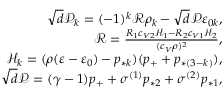
\begin{array} { r } { \sqrt { d } \mathcal { P } _ { k } = ( - 1 ) ^ { k } \mathcal { R } \rho _ { k } - \sqrt { d } \mathcal { P } \varepsilon _ { 0 k } , } \\ { \mathcal { R } = \frac { R _ { 1 } c _ { V 2 } \mathcal { H } _ { 1 } - R _ { 2 } c _ { V 1 } \mathcal { H } _ { 2 } } { ( c _ { V } \rho ) ^ { 2 } } , } \\ { \mathcal { H } _ { k } = ( \rho ( \varepsilon - \varepsilon _ { 0 } ) - p _ { * k } ) ( p _ { + } + p _ { * ( 3 - k ) } ) , } \\ { \sqrt { d } \mathcal { P } = ( \gamma - 1 ) p _ { + } + \sigma ^ { ( 1 ) } p _ { * 2 } + \sigma ^ { ( 2 ) } p _ { * 1 } , } \end{array}